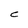
Character: C